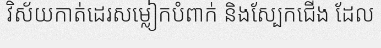
វិស័យកាត់ដេរសម្លៀកបំពាក់ និងស្បែកជើង ដែល